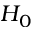
H _ { 0 }